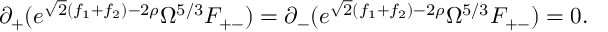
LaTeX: \partial _ { + } ( e ^ { \sqrt { 2 } ( f _ { 1 } + f _ { 2 } ) - 2 \rho } \Omega ^ { 5 / 3 } F _ { + - } ) = \partial _ { - } ( e ^ { \sqrt { 2 } ( f _ { 1 } + f _ { 2 } ) - 2 \rho } \Omega ^ { 5 / 3 } F _ { + - } ) = 0 .